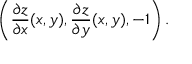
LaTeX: \left( { \frac { \partial z } { \partial x } } ( x , y ) , { \frac { \partial z } { \partial y } } ( x , y ) , - 1 \right) .